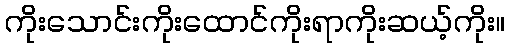
ကိုးသောင်းကိုးထောင်ကိုးရာကိုးဆယ့်ကိုး။